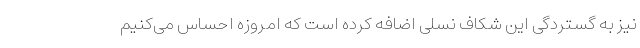
نیز به گستردگی این شکاف نسلی اضافه کرده است که امروزه احساس می‌کنیم